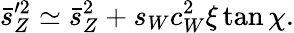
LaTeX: \bar{s}_{Z}^{\prime 2}\simeq\bar{s}_{Z}^{2}+s_{W}c_{W}^{2}\xi\tan\chi.